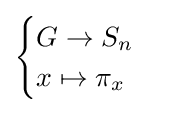
{\begin{cases}G\to S_{n}\\x\mapsto \pi _{x}\end{cases}}